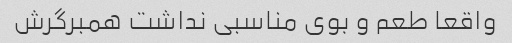
واقعا طعم و بوی مناسبی نداشت همبرگرش